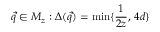
\vec { q } \in M _ { z } : \Delta ( \vec { q } ) = \operatorname * { m i n } \{ \frac { 1 } { 2 z } \mathrm { , ~ } 4 d \}